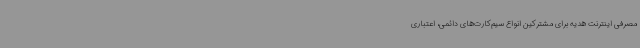
مصرفی اینترنت هدیه برای مشترکین انواع سیم‌کارت‌های دائمی، اعتباری